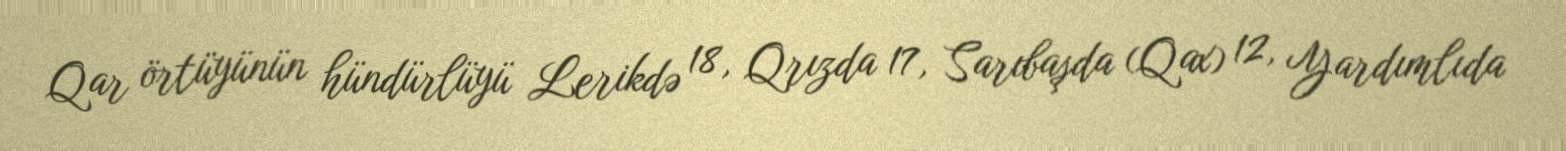
Qar örtüyünün hündürlüyü Lerikdə 18, Qrızda 17, Sarıbaşda (Qax) 12, Yardımlıda